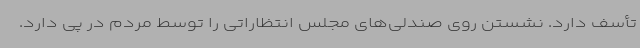
تأسف دارد. نشستن روی صندلی‌های مجلس انتظاراتی را توسط مردم در پی دارد.